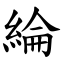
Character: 綸